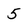
Character: 5